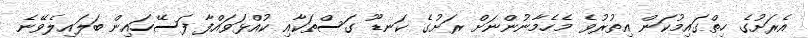
އެރަށުގެ ހިތްގައިމުކަން އިތުރުވެ މެހެމާނުންނަށް ރަށުގެ ކަނޑޫ ގަސްތަކާއި ކުއްޅަވައްފާ ފަސޭހައިން ބަލައިލެވޭނެ